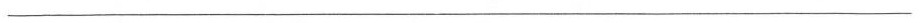
___